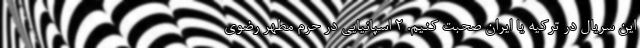
این سریال در ترکیه یا ایران صحبت کنیم. 2 اسپانیایی در حرم مطهر رضوی